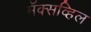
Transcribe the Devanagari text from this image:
मॅक्सव्हिल